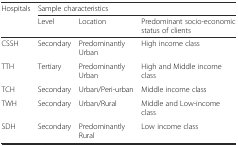
<table><thead><tr><td rowspan="2"><b>Hospitals</b></td><td colspan="3"><b>Sample characteristics</b></td></tr><tr><td><b>Level</b></td><td><b>Location</b></td><td><b>Predominant socio-economic status of clients</b></td></tr></thead><tbody><tr><td>CSSH</td><td>Secondary</td><td>Predominantly Urban</td><td>High income class</td></tr><tr><td>TTH</td><td>Tertiary</td><td>Predominantly Urban</td><td>High and Middle income class</td></tr><tr><td>TCH</td><td>Secondary</td><td>Urban/Peri-urban</td><td>Middle income class</td></tr><tr><td>TWH</td><td>Secondary</td><td>Urban/Rural</td><td>Middle and Low-income class</td></tr><tr><td>SDH</td><td>Secondary</td><td>Predominantly Rural</td><td>Low income class</td></tr></tbody></table>